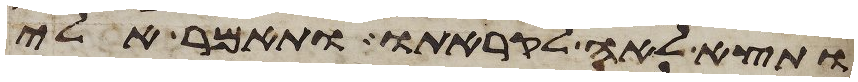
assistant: ותצא לאה לקראתו ותאמר אלי